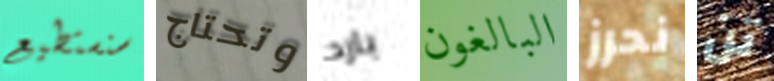
سنستطيع وتحتاج بارد البالغون نحرز تن